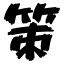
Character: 策